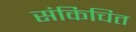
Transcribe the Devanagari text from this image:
संकिचित